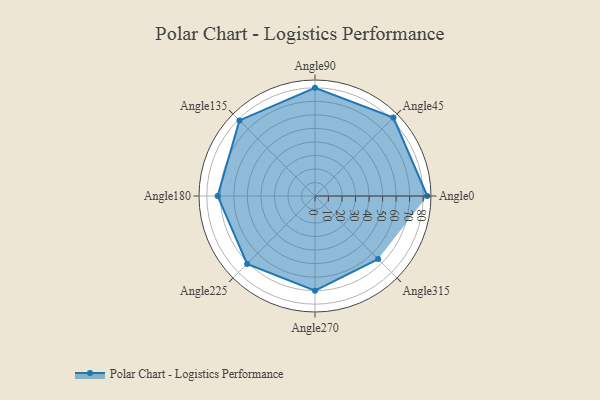
{"axis": {"x": "Angle", "y": "Radius"}, "legend": [""], "data": [{"x": "Angle0", "y": 83.0, "type": ""}, {"x": "Angle45", "y": 82.0, "type": ""}, {"x": "Angle90", "y": 80.0, "type": ""}, {"x": "Angle135", "y": 79.0, "type": ""}, {"x": "Angle180", "y": 72.0, "type": ""}, {"x": "Angle225", "y": 71.0, "type": ""}, {"x": "Angle270", "y": 70.0, "type": ""}, {"x": "Angle315", "y": 66.0, "type": ""}]}